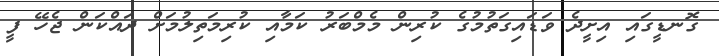
ގޮނޑީގައި އިށީދެ ވަޑައިގަތުމުގެ ކުރިން މެމްބަރު ކަމާއި ކުރިމަތިލުމަށް ދައްކަން ޖެހޭ ފީ